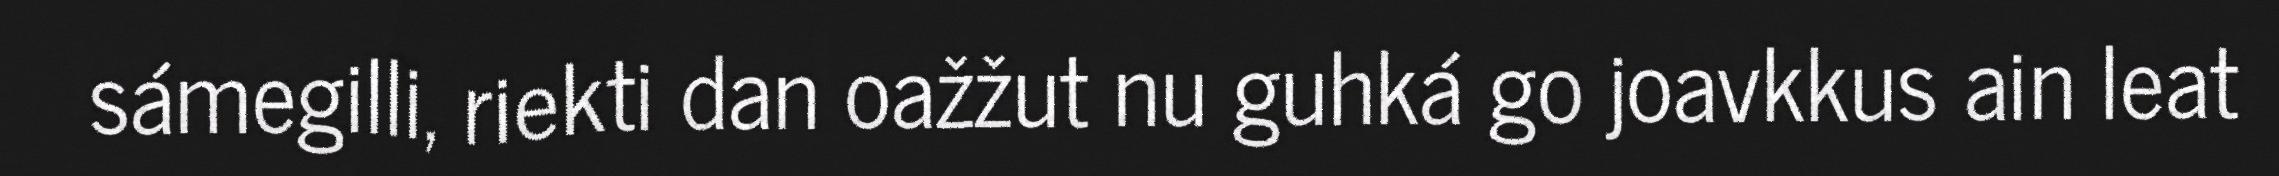
sámegilli, riekti dan oažžut nu guhká go joavkkus ain leat